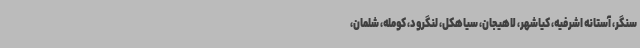
سنگر، آستانه اشرفیه، کیاشهر، لاهیجان، سیاهکل، لنگرود، کومله، شلمان،